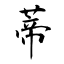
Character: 蒂